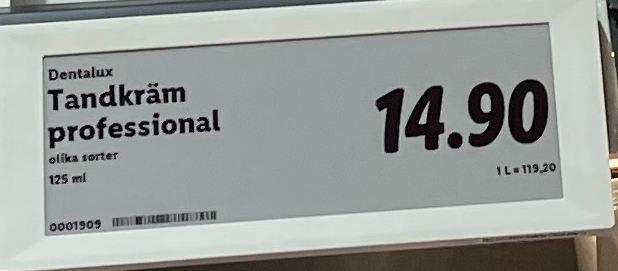
Vara: Tandkräm professional
Genomsnittspris: 115.2 per L